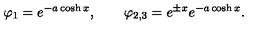
\varphi _ { 1 } = e ^ { - a \cosh x } , \qquad \varphi _ { 2 , 3 } = e ^ { \pm x } e ^ { - a \cosh x } .